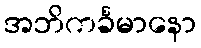
အဘိကင်္ခမာနော